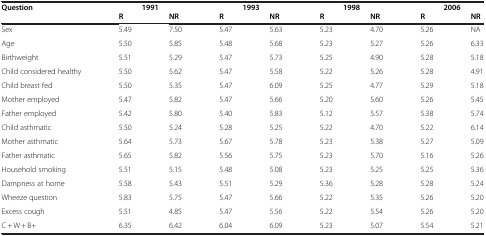
<table><thead><tr><td><b>Question</b></td><td colspan="2"><b>1991</b></td><td colspan="2"><b>1993</b></td><td colspan="2"><b>1998</b></td><td colspan="2"><b>2006</b></td></tr><tr><td><b> </b></td><td><b>R</b></td><td><b>NR</b></td><td><b>R</b></td><td><b>NR</b></td><td><b>R</b></td><td><b>NR</b></td><td><b>R</b></td><td><b>NR</b></td></tr></thead><tbody><tr><td>Sex</td><td>5.49</td><td>7.50</td><td>5.47</td><td>5.63</td><td>5.23</td><td>4.70</td><td>5.26</td><td>NA</td></tr><tr><td>Age</td><td>5.50</td><td>5.85</td><td>5.48</td><td>5.68</td><td>5.23</td><td>5.27</td><td>5.26</td><td>6.33</td></tr><tr><td>Birthweight</td><td>5.51</td><td>5.29</td><td>5.47</td><td>5.73</td><td>5.25</td><td>4.90</td><td>5.28</td><td>5.18</td></tr><tr><td>Child considered healthy</td><td>5.50</td><td>5.62</td><td>5.47</td><td>5.58</td><td>5.22</td><td>5.26</td><td>5.28</td><td>4.91</td></tr><tr><td>Child breast fed</td><td>5.50</td><td>5.35</td><td>5.47</td><td>6.09</td><td>5.25</td><td>4.77</td><td>5.29</td><td>5.18</td></tr><tr><td>Mother employed</td><td>5.47</td><td>5.82</td><td>5.47</td><td>5.66</td><td>5.20</td><td>5.60</td><td>5.26</td><td>5.45</td></tr><tr><td>Father employed</td><td>5.42</td><td>5.80</td><td>5.40</td><td>5.83</td><td>5.12</td><td>5.57</td><td>5.38</td><td>5.74</td></tr><tr><td>Child asthmatic</td><td>5.50</td><td>5.24</td><td>5.28</td><td>5.25</td><td>5.22</td><td>4.70</td><td>5.22</td><td>6.14</td></tr><tr><td>Mother asthmatic</td><td>5.64</td><td>5.73</td><td>5.67</td><td>5.78</td><td>5.23</td><td>5.38</td><td>5.27</td><td>5.09</td></tr><tr><td>Father asthmatic</td><td>5.65</td><td>5.82</td><td>5.56</td><td>5.75</td><td>5.23</td><td>5.70</td><td>5.16</td><td>5.26</td></tr><tr><td>Household smoking</td><td>5.51</td><td>5.15</td><td>5.48</td><td>5.08</td><td>5.23</td><td>5.25</td><td>5.25</td><td>5.36</td></tr><tr><td>Dampness at home</td><td>5.58</td><td>5.43</td><td>5.51</td><td>5.29</td><td>5.36</td><td>5.28</td><td>5.28</td><td>5.24</td></tr><tr><td>Wheeze question</td><td>5.83</td><td>5.75</td><td>5.47</td><td>5.66</td><td>5.22</td><td>5.35</td><td>5.26</td><td>5.20</td></tr><tr><td>Excess cough</td><td>5.51</td><td>4.85</td><td>5.47</td><td>5.56</td><td>5.22</td><td>5.54</td><td>5.26</td><td>5.20</td></tr><tr><td>C+W+B+</td><td>6.35</td><td>6.42</td><td>6.04</td><td>6.09</td><td>5.23</td><td>5.07</td><td>5.54</td><td>5.21</td></tr></tbody></table>